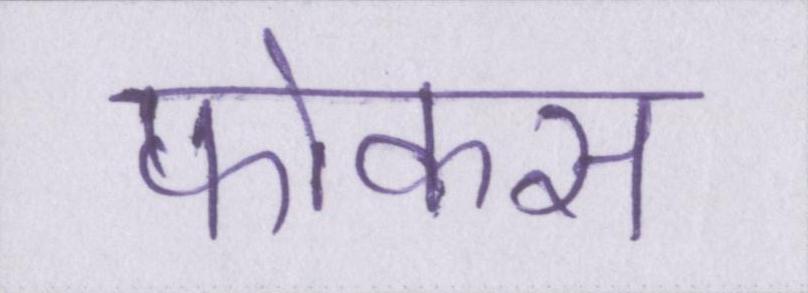
फोकस